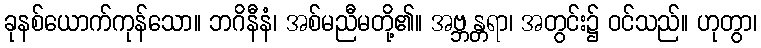
ခုနစ်ယောက်ကုန်သော။ ဘဂိနီနံ၊ အစ်မညီမတို့၏။ အဗ္ဘန္တရာ၊ အတွင်း၌ ဝင်သည်။ ဟုတွာ၊